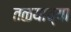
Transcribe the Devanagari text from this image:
तळयाच्या